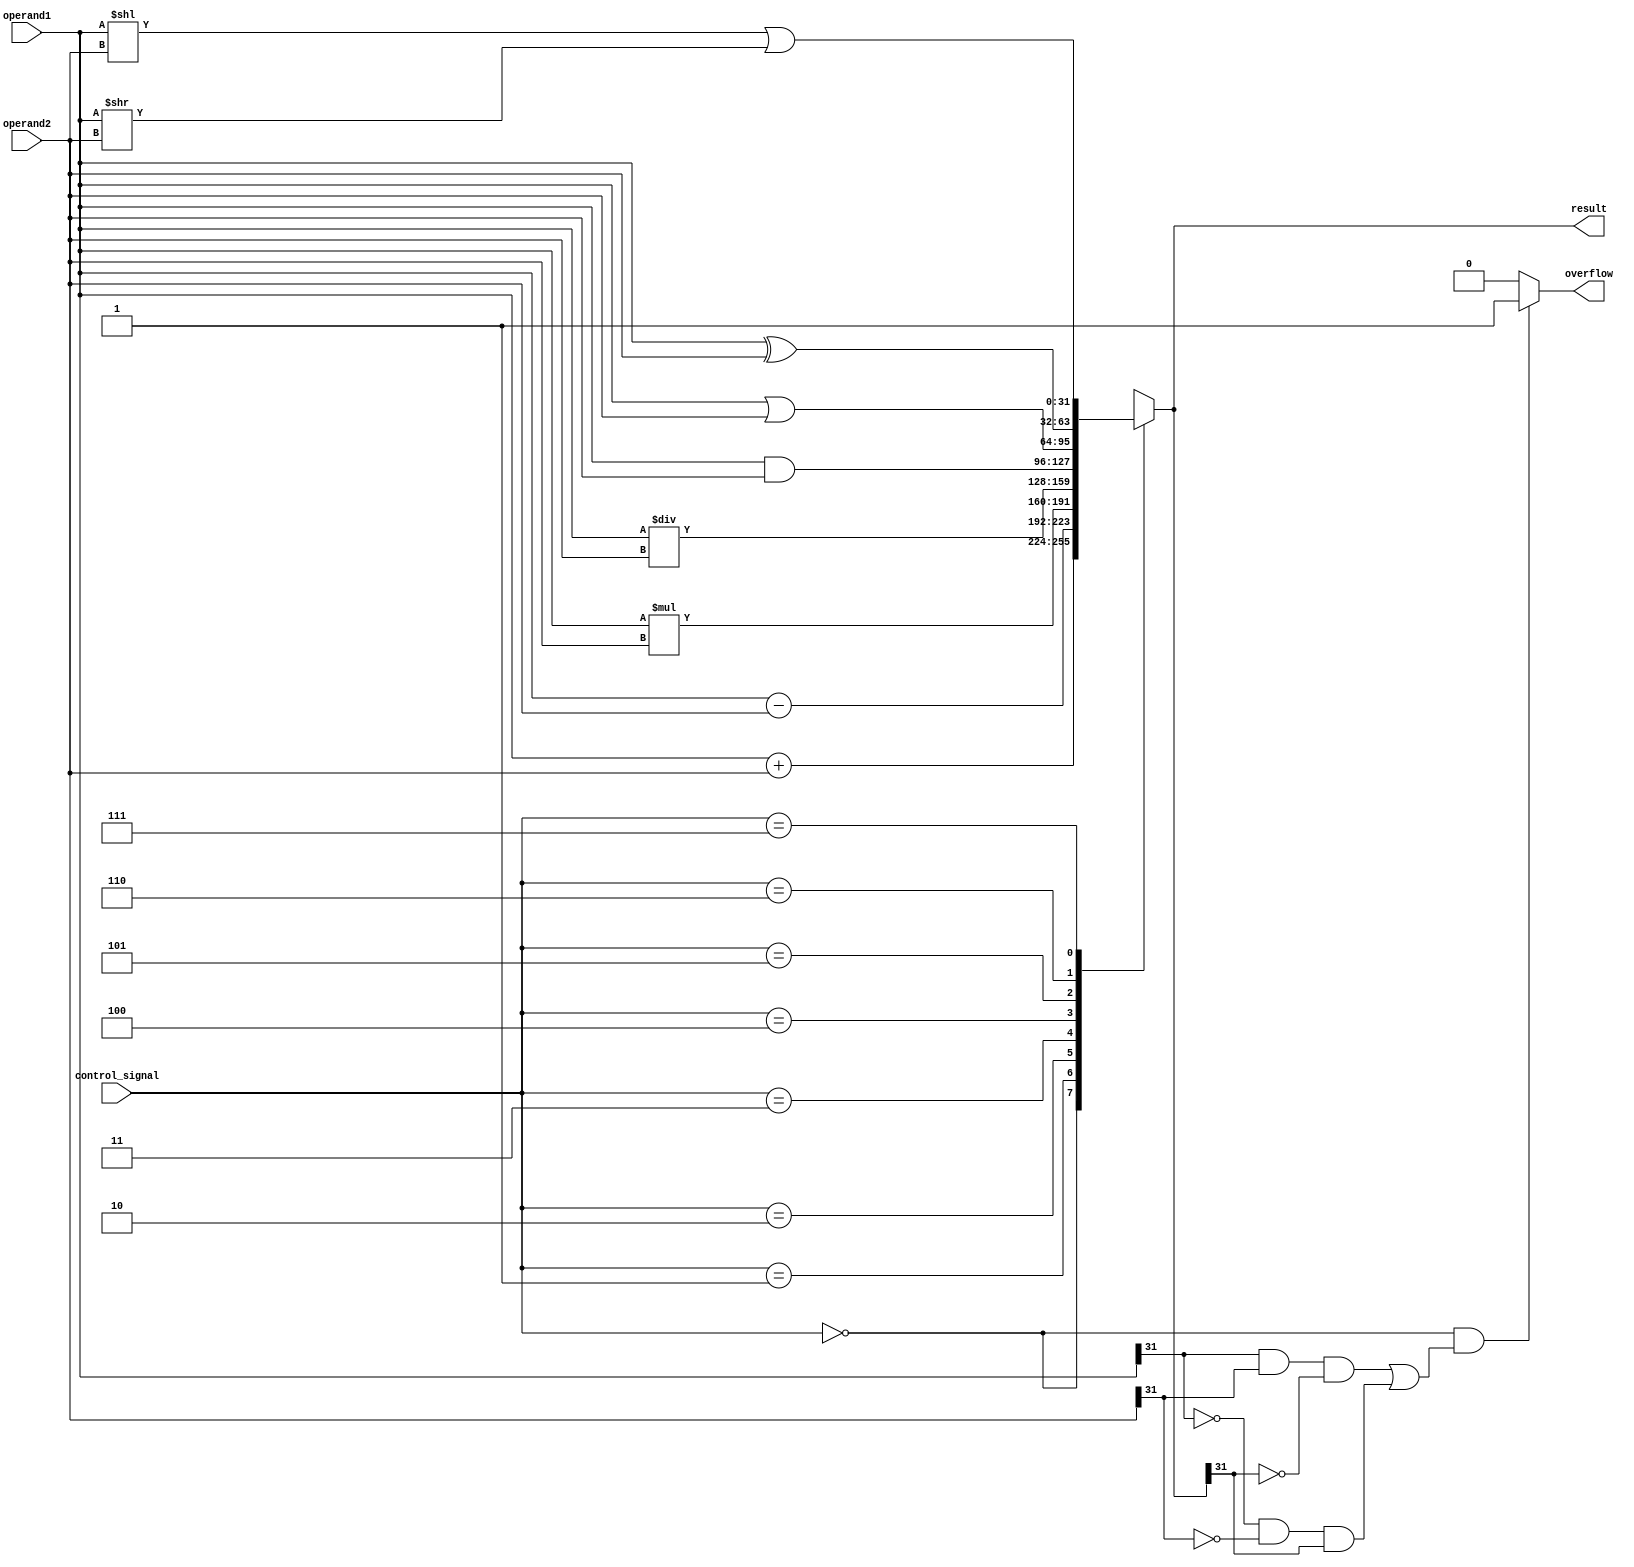
module ALU (
    input [31:0] operand1,
    input [31:0] operand2,
    input [2:0] control_signal,
    output reg [31:0] result,
    output reg overflow
);

always @*
begin
    case(control_signal)
        3'b000: result = operand1 + operand2; // Addition
        3'b001: result = operand1 - operand2; // Subtraction
        3'b010: result = operand1 * operand2; // Multiplication
        3'b011: result = operand1 / operand2; // Division
        3'b100: result = operand1 & operand2; // AND
        3'b101: result = operand1 | operand2; // OR
        3'b110: result = operand1 ^ operand2; // XOR
        3'b111: result = (operand1 << operand2) | (operand1 >> operand2); // Shift operations
    endcase
end

// Overflow detection and handling
always @*
begin
    if(control_signal == 3'b000 && ((operand1[31] & operand2[31] & ~result[31]) | (~operand1[31] & ~operand2[31] & result[31])))
        overflow = 1;
    else
        overflow = 0;
end

endmodule